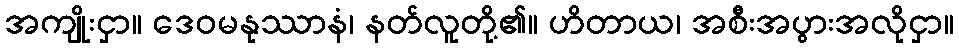
အကျိုးငှာ။ ဒေဝမနုဿာနံ၊ နတ်လူတို့၏။ ဟိတာယ၊ အစီးအပွားအလိုငှာ။